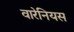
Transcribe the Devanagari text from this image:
वारेनियस